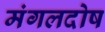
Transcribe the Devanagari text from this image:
मंगलदोष